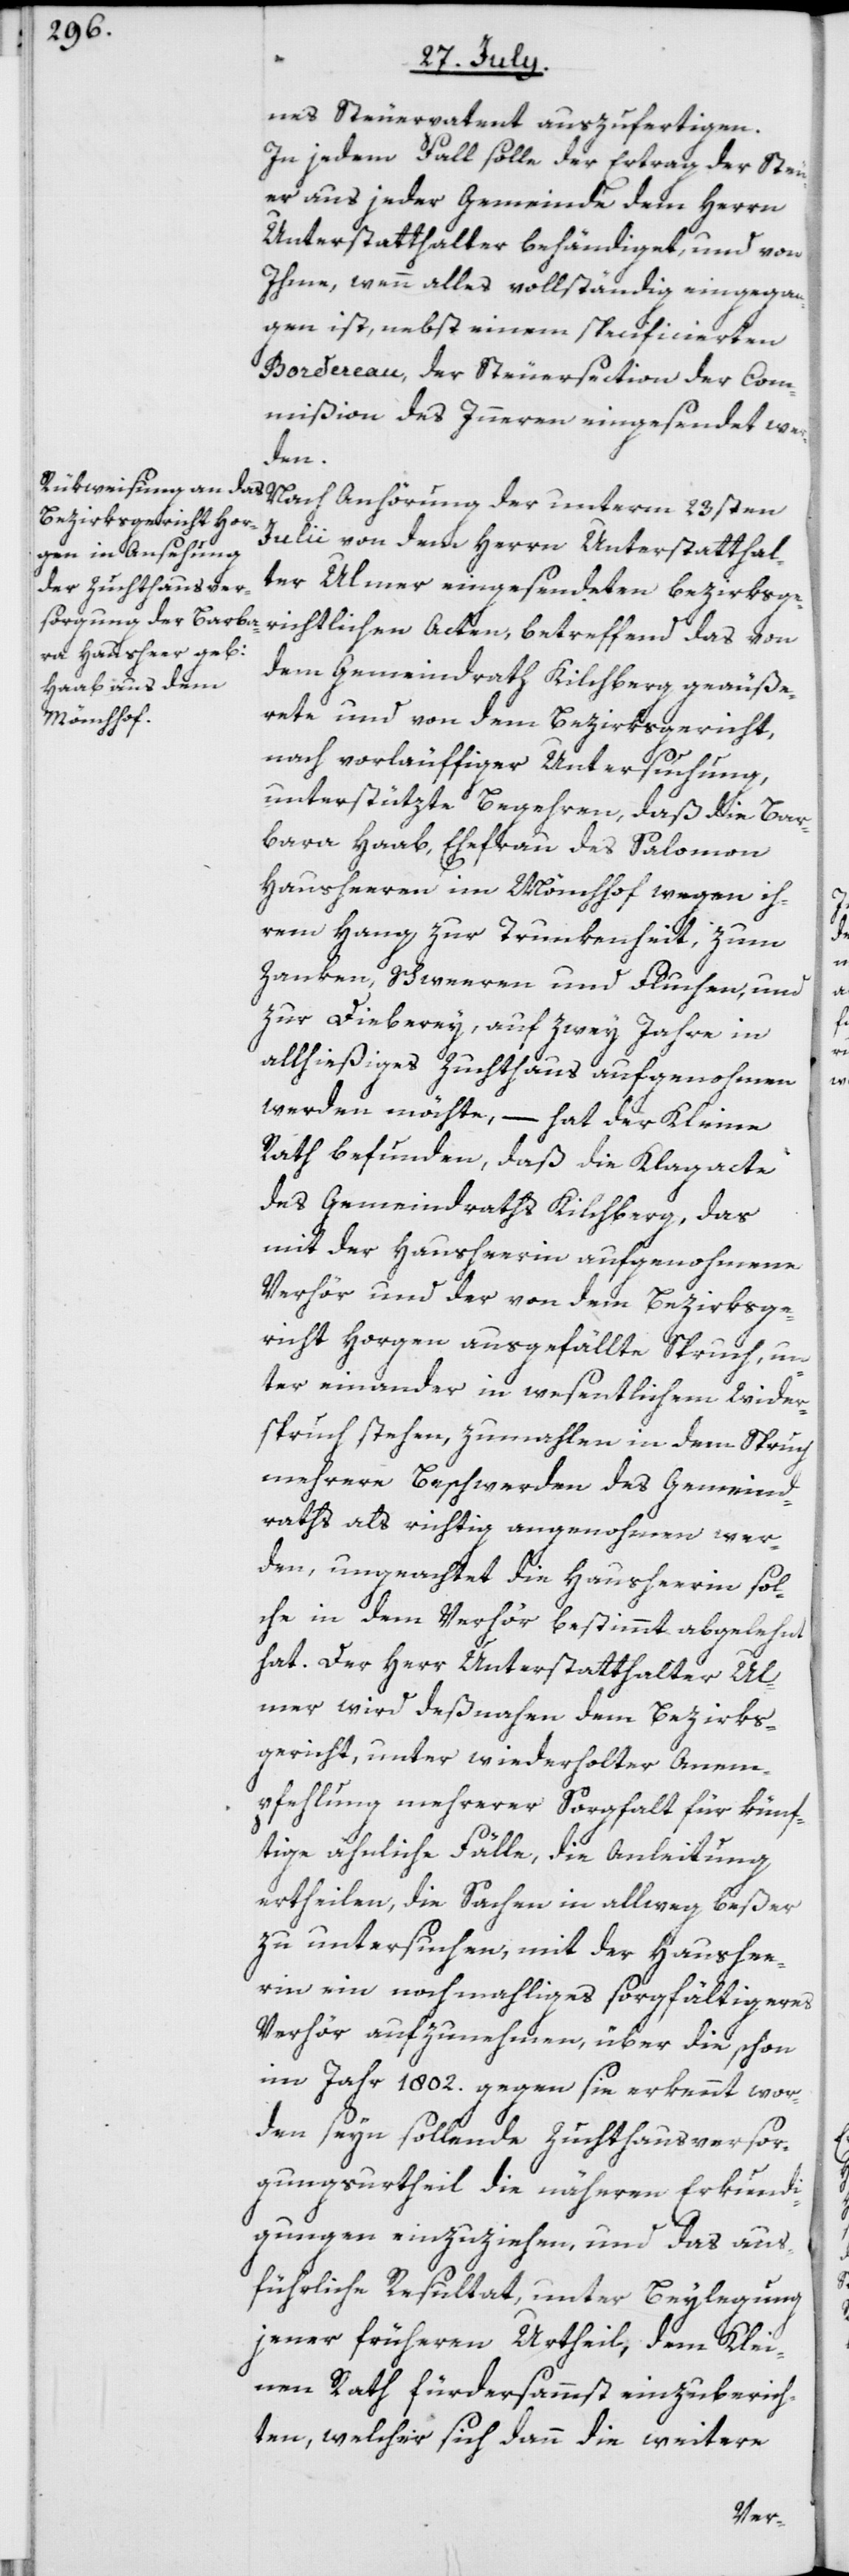
nes Steuerpatent auszufertigen.
In jedem Fall solle der Ertrag der Steu¬
er aus jeder Gemeinde dem Herrn
Unterstatthalter behändiget, und von
Ihme, wenn alles vollständig eingegan¬
gen ist, nebst einem specificierten
Bordereau, der Steuersection der Com¬
mißion des Inneren eingesendet wer¬
den.
Julii von dem Herrn Unterstatthal¬
ter Ulmer eingesendeten bezirksge¬
richtlichen Acten, betreffend das von
dem Gemeindrath Kilchberg geäuße¬
rete und von dem Bezirksgericht,
nach vorläuffiger Untersuchung,
unterstützte Begehren, daß die Bar¬
bara Haab, Ehefrau des Salomon
Hausheeren im Mönchhof wegen ih¬
rem Hang zur Trunkenheit, zum
Zanken, Schweeren und Fluchen, und
zur Dieberey, auf zwey Jahre in
allhießiges Zuchthaus aufgenohmen
werden möchte, – hat der Kleine
Rath befunden, daß die Klagacte
des Gemeindraths Kilchberg, das
mit der Hausheerin aufgenohmene
Verhör und der von dem Bezirksge¬
richt Horgen ausgefällte Spruch, un¬
ter einander in wesentlichem Wider¬
spruch stehen, zumahlen in dem Spruch
mehrere Beschwerden des Gemeind¬
raths als richtig angenohmen wer¬
den, ungeachtet die Hausheerin sol¬
che in dem Verhör bestimmt abgelehnt
hat. Der Herr Unterstatthalter Ul¬
mer wird deßnahen dem Bezirks¬
gericht, unter wiederholter Anem¬
pfehlung mehrerer Sorgfalt für künf¬
tige ähnliche Fälle, die Anleitung
ertheilen, die Sachen in allweg beßer
zu untersuchen, mit der Haushee¬
rin ein nochmahliges sorgfältigeres
Verhör aufzunehmen, über die schon
im Jahr 1802. gegen sie erkennt wor¬
den seyn sollende Zuchthausversor¬
gungsurtheil die näheren Erkundi¬
gungen einzuziehen, und das aus¬
führliche Resultat, unter Beylegung
jener früheren Urtheil, dem Klei¬
nen Rath fürdersammst einzuberich¬
ten, welcher sich dann die weitere
der